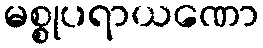
မစ္စုပရာယဏော